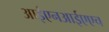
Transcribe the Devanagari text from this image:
आईएनआईएएच